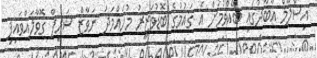
އިސްލާމް އާބާދުގައި ބޭއްވުމަށް އެ ގައުމުގެ ބޮޑުވަޒީރު މުހައްމަދު ނަވާޒް ޝަރީފް ގޮވާލައްވައިފި